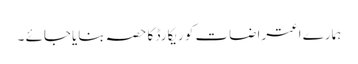
ہمارے اعتراضات کو ریکارڈ کا حصہ بنایاجائے ۔